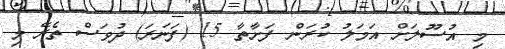
މި އުސޫލަށް އަމަލު ކުރަން ފަށާތާ 15 (ފަނަރަ) ދުވަސް ތެރޭ މި